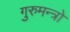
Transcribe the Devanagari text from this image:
गुरुमन्त्रो